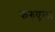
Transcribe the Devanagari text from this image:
फरुएला